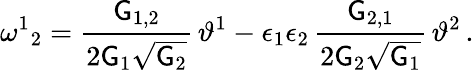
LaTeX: \omega^{1}{}_{2}=\frac{\mathsf{G}_{1,2}}{2\mathsf{G}_{1}\sqrt{\mathsf{G}_{2}}}\, \vartheta^{1}-\epsilon_{1}\epsilon_{2}\, \frac{\mathsf{G}_{2,1}}{2\mathsf{G}_{2}\sqrt{\mathsf{G}_{1}}}\, \vartheta^{2}\, .